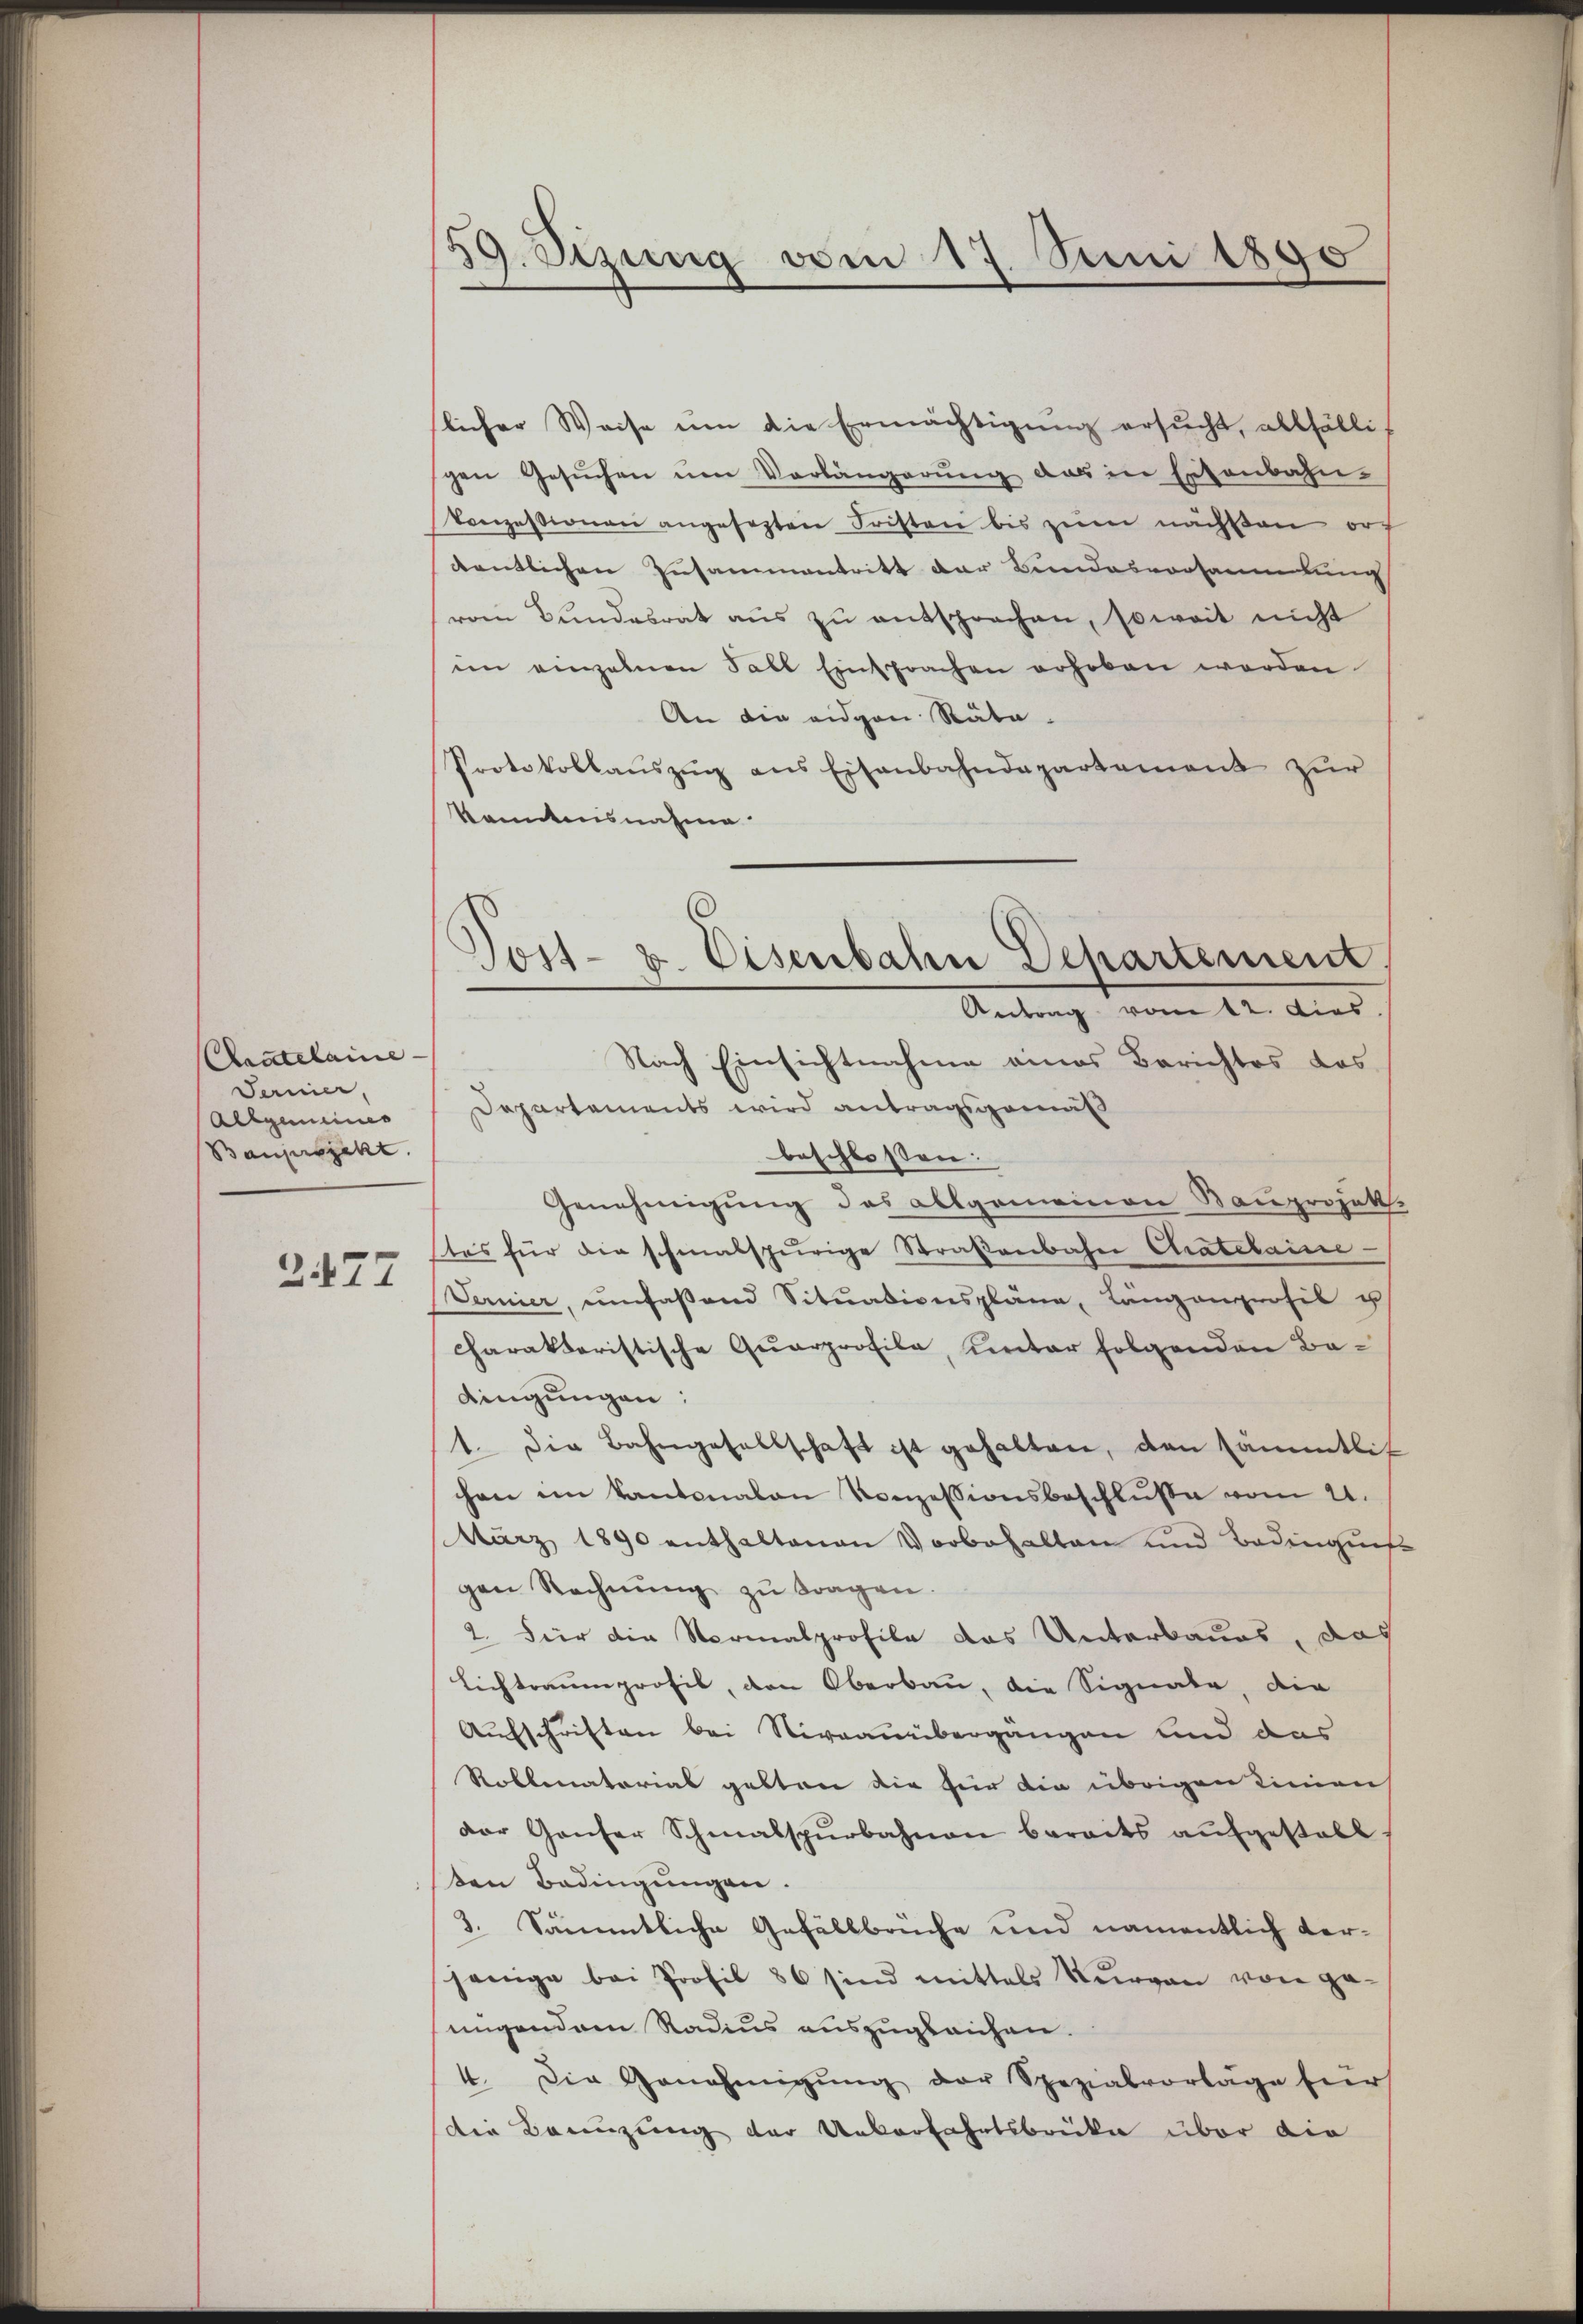
Aratelaine
Fermier,
Allgemeines
Baugespekt.
277

59. Szung vom 17. Juni 1890

licher Weise um die Ermächtigung ersucht, allfälligen Gesŭchen um Vorlängerung das in Ertenbahn-
Conzessionen angesezten Fristen bis zŭm nächsten orf
dentlichen Zusammentritt der Bundesvorsammlung
vom Bŭndesrat aŭs zŭ entsprochen, soweit nicht
im einzelnen Fall Einsprachen erhoben werden
An die eidgen Räta-
Protokollaŭszŭg ans Eisenbahndepartement zur
kanntnisnahme
Departements wird antragsgemäß
beschlossen:
Genehmigung des allgemeinen Bauprojekt.
tes für die schmalspurige Straβenbahn Chatelaisse
Fernier, umfaßend Sitŭationspläne Längenprofil u
charakteristische Quarprofile, unter folgenden Badingungen:
1. Die Bahngesellschaft ist gehalten, den sämmtlich
hen im Kantonalen Konzessionsbeschluße vom 21.
März 1890 enthaltenen Vorbehalten und Bedinguns
gen Rechnŭng zŭ tragen.
2. Für die Normalprofile das Unterbaues, das
Lichtraumprofil, den Oberbau, die Signate, die
Aufschriften bei Niveauübergängen und des
Robbenatorial gelten die für die übrigen Liniens
der Ganzer Schmalspŭrbahnen bereits aŭfgestell
ten Bedingungen.
3. Sämmtliche Gefällbrüche und namentlich verjenige bei Profil 36 sind mittels Thurgau von ge-
ungendem Radius auszugleichen.
4. Die Genehmigŭng der Spezialvorlage für
die Benuzung der Ueberfahrtsbrücke über die

Post- u. Eisenbahn Departement,
Antrag vom 12. dies
Nach Einsichtnahme eines Berichtes das